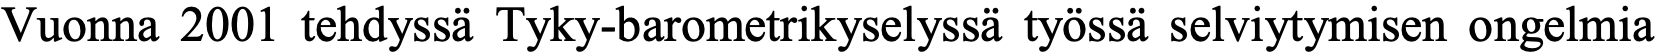
Vuonna 2001 tehdyssä Tyky-barometrikyselyssä työssä selviytymisen ongelmia